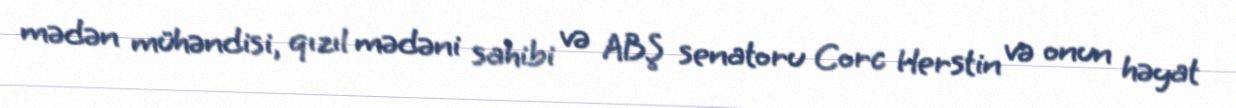
mədən mühəndisi, qızıl mədəni sahibi və ABŞ senatoru Corc Herstin və onun həyat